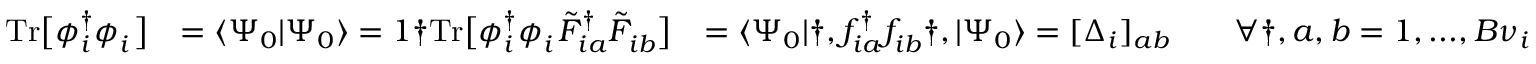
\begin{array} { r l r } { \mathrm { T r } \big [ \phi _ { i } ^ { \dagger } \phi _ { i } ^ { \phantom { \dagger } } \big ] } & { = \langle \Psi _ { 0 } | \Psi _ { 0 } \rangle = 1 \dag \mathrm { T r } \big [ \phi _ { i } ^ { \dagger } \phi _ { i } ^ { \phantom { \dagger } } \tilde { F } _ { i a } ^ { \dagger } \tilde { F } _ { i b } ^ { \phantom { \dagger } } \big ] } & { = \langle \Psi _ { 0 } | \dag , f _ { i a } ^ { \dagger } f _ { i b } ^ { \phantom { \dagger } } \dag , | \Psi _ { 0 } \rangle = [ \Delta _ { i } ] _ { a b } \qquad \forall \dag , a , b = 1 , . . . , B { \nu } _ { i } } \end{array}